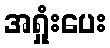
အရှုံးပေး